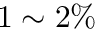
1 \sim 2 \%